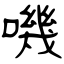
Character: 嘰